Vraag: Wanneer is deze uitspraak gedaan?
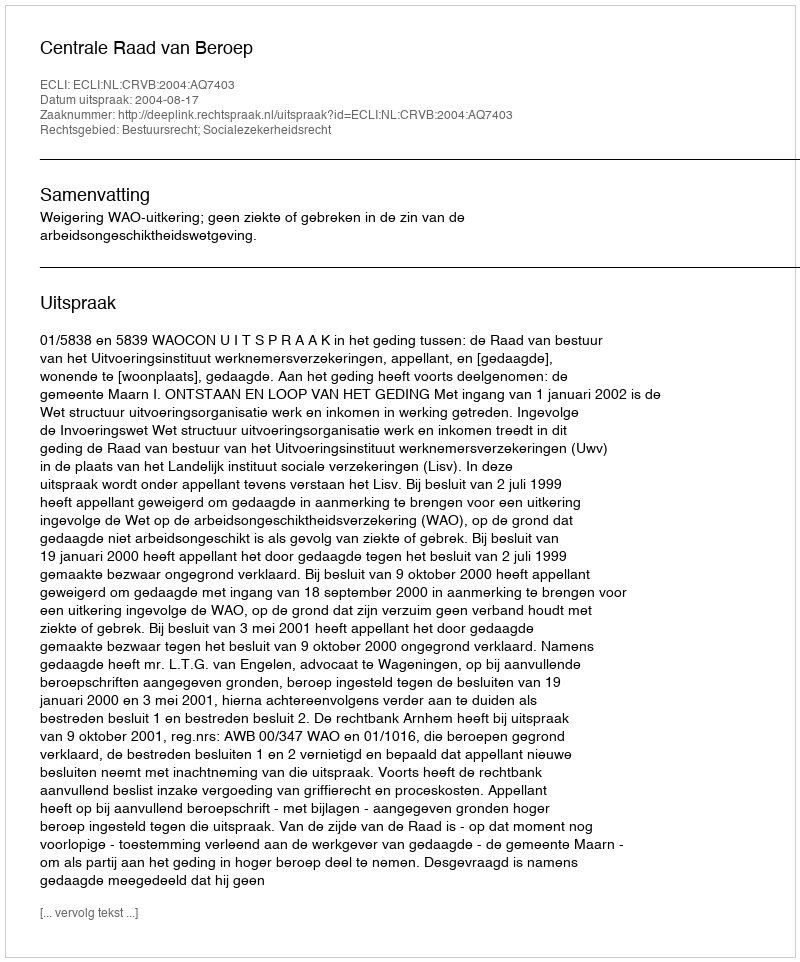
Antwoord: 2004-08-17